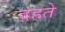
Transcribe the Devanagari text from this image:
दहते